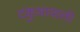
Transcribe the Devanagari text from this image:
टकुआवाली